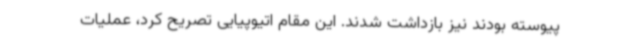
پیوسته بودند نیز بازداشت شدند. این مقام اتیوپیایی تصریح کرد، عملیات